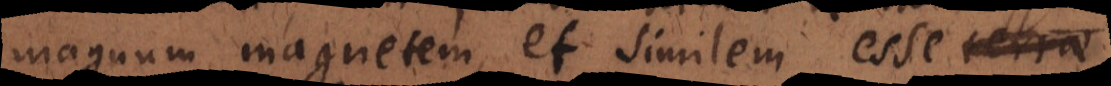
magnum magnetem, et similem esse terrae